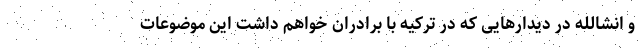
و انشالله در دیدارهایی که در ترکیه با برادران خواهم داشت این موضوعات